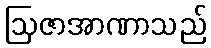
ဩဇာအာဏာသည်